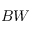
B W